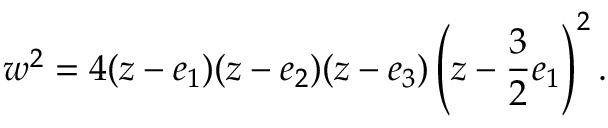
w ^ { 2 } = 4 ( z - e _ { 1 } ) ( z - e _ { 2 } ) ( z - e _ { 3 } ) \left( z - { \frac { 3 } { 2 } } e _ { 1 } \right) ^ { 2 } .